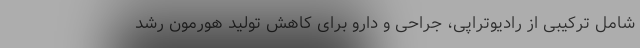
شامل ترکیبی از رادیوتراپی، جراحی و دارو برای کاهش تولید هورمون رشد